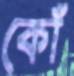
কোঁ